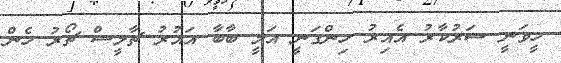
ހީވަނީ ސަރުކާރު އެއިރު ހިންގަނީ އަލީ ބާބާ އައުރު ޗާލީސް ޗޯރު ހެން